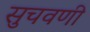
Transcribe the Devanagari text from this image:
सुचवणी